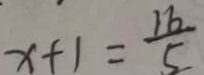
x + 1 = \frac { 1 6 } { 5 }